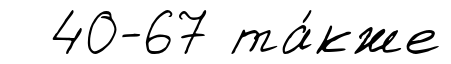
40-67 та́кже